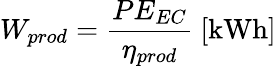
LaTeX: W_{prod}=\frac{PE_{EC}}{\eta_{prod}}\ [\mathrm{kWh}]